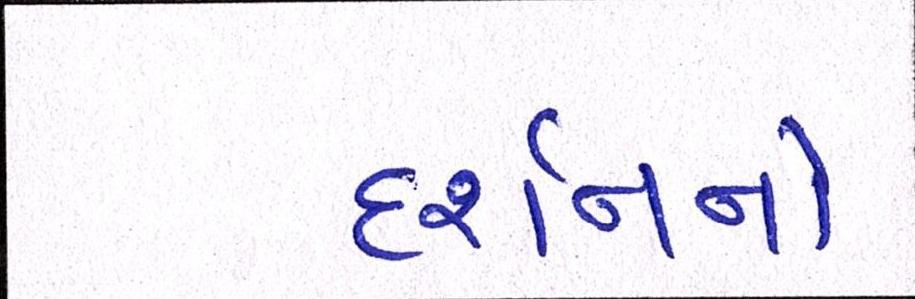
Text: દર્શનનો